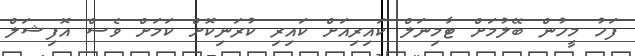
ފަހު މީހުން ބޭލުމަށް ޓާމިނަލް ކައިރިއަށް ކައިރި ކުރަނިކޮށް ކަމަށް ވެސް އޮފިޝަލް